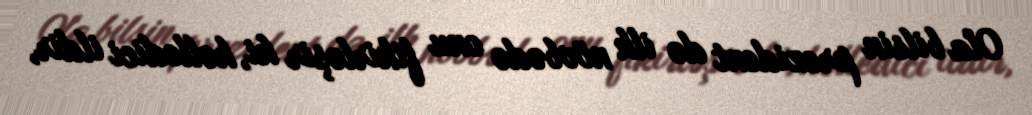
Ola bilsin prezident də ilk növbədə onu fikirləşir ki, həlledici ildir,